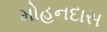
મોહનદાસ